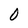
Character: 0